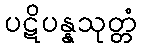
ပဋိပန္နသုတ္တံ